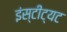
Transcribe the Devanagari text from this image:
इंस्टीट्यट